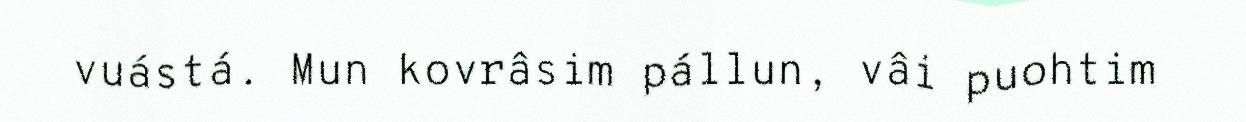
vuástá. Mun kovrâsim pállun, vâi puohtim